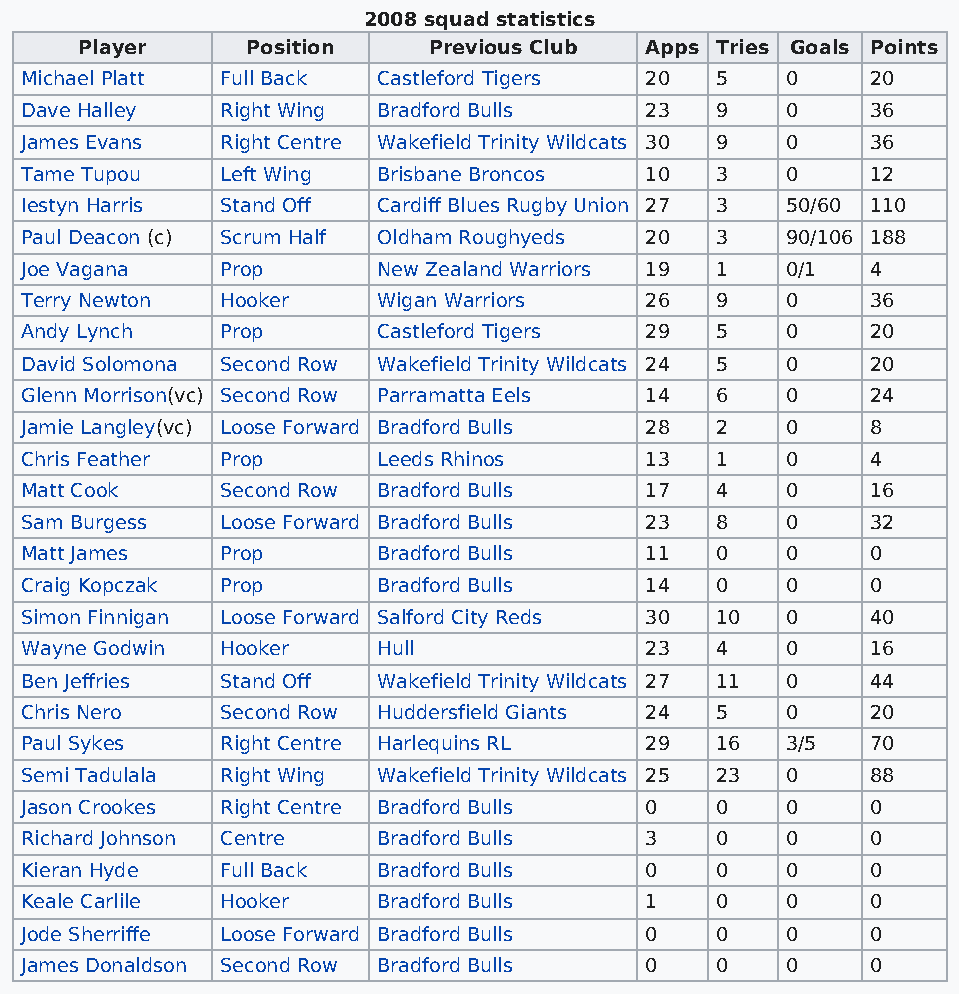
2008 squad statistics
 Player     Position    Previous Club  Apps Tries Goals Points
 Michael Platt Full Back Castleford Tigers 20  5    0     20
 Dave Halley   Right Wing Bradford Bulls   23  9    0     36
 James Evans   Right Centre Wakefield Trinity Wildcats 30 9 0 36
 Tame Tupou    Left Wing Brisbane Broncos  10  3    0     12
 Iestyn Harris Stand Off Cardiff Blues Rugby Union 27 3 50/60 110
 Paul Deacon (c) Scrum Half Oldham Roughyeds 20 3   90/106 188
 Joe Vagana    Prop      New Zealand Warriors 19 1  0/1   4
 Terry Newton  Hooker    Wigan Warriors    26  9    0     36
 Andy Lynch    Prop      Castleford Tigers 29  5    0     20
 David Solomona Second Row Wakefield Trinity Wildcats 24 5 0 20
 Glenn Morrison(vc) Second Row Parramatta Eels 14 6 0     24
 Jamie Langley(vc) Loose Forward Bradford Bulls 28 2 0    8
 Chris Feather Prop      Leeds Rhinos      13  1    0     4
 Matt Cook     Second Row Bradford Bulls   17  4    0     16
 Sam Burgess   Loose Forward Bradford Bulls 23 8    0     32
 Matt James    Prop      Bradford Bulls    11  0    0     0
 Craig Kopczak Prop      Bradford Bulls    14  0    0     0
 Simon Finnigan Loose Forward Salford City Reds 30 10 0   40
 Wayne Godwin  Hooker    Hull              23  4    0     16
 Ben Jeffries  Stand Off Wakefield Trinity Wildcats 27 11 0 44
 Chris Nero    Second Row Huddersfield Giants 24 5  0     20
 Paul Sykes    Right Centre Harlequins RL  29  16   3/5   70
 Semi Tadulala Right Wing Wakefield Trinity Wildcats 25 23 0 88
 Jason Crookes Right Centre Bradford Bulls 0   0    0     0
 Richard Johnson Centre  Bradford Bulls    3   0    0     0
 Kieran Hyde   Full Back Bradford Bulls    0   0    0     0
 Keale Carlile Hooker    Bradford Bulls    1   0    0     0
 Jode Sherriffe Loose Forward Bradford Bulls 0 0    0     0
 James Donaldson Second Row Bradford Bulls 0   0    0     0